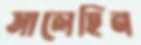
সালেহিন